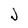
Character: J